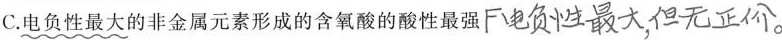
C.电负性最大的非金属元素形成的含氧酸的酸性最强##F电负性最大，但无正价##